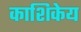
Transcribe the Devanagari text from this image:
काशिकेय